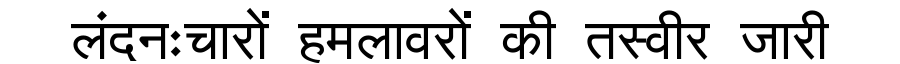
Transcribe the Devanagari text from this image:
लंदनःचारों हमलावरों की तस्वीर जारी